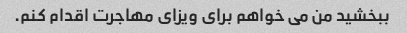
ببخشید من می خواهم برای ویزای مهاجرت اقدام کنم.